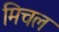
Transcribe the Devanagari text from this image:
मिचल